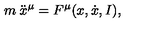
m \: \ddot { x } ^ { \mu } = F ^ { \mu } ( x , \dot { x } , I ) ,